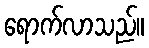
ရောက်လာသည်။